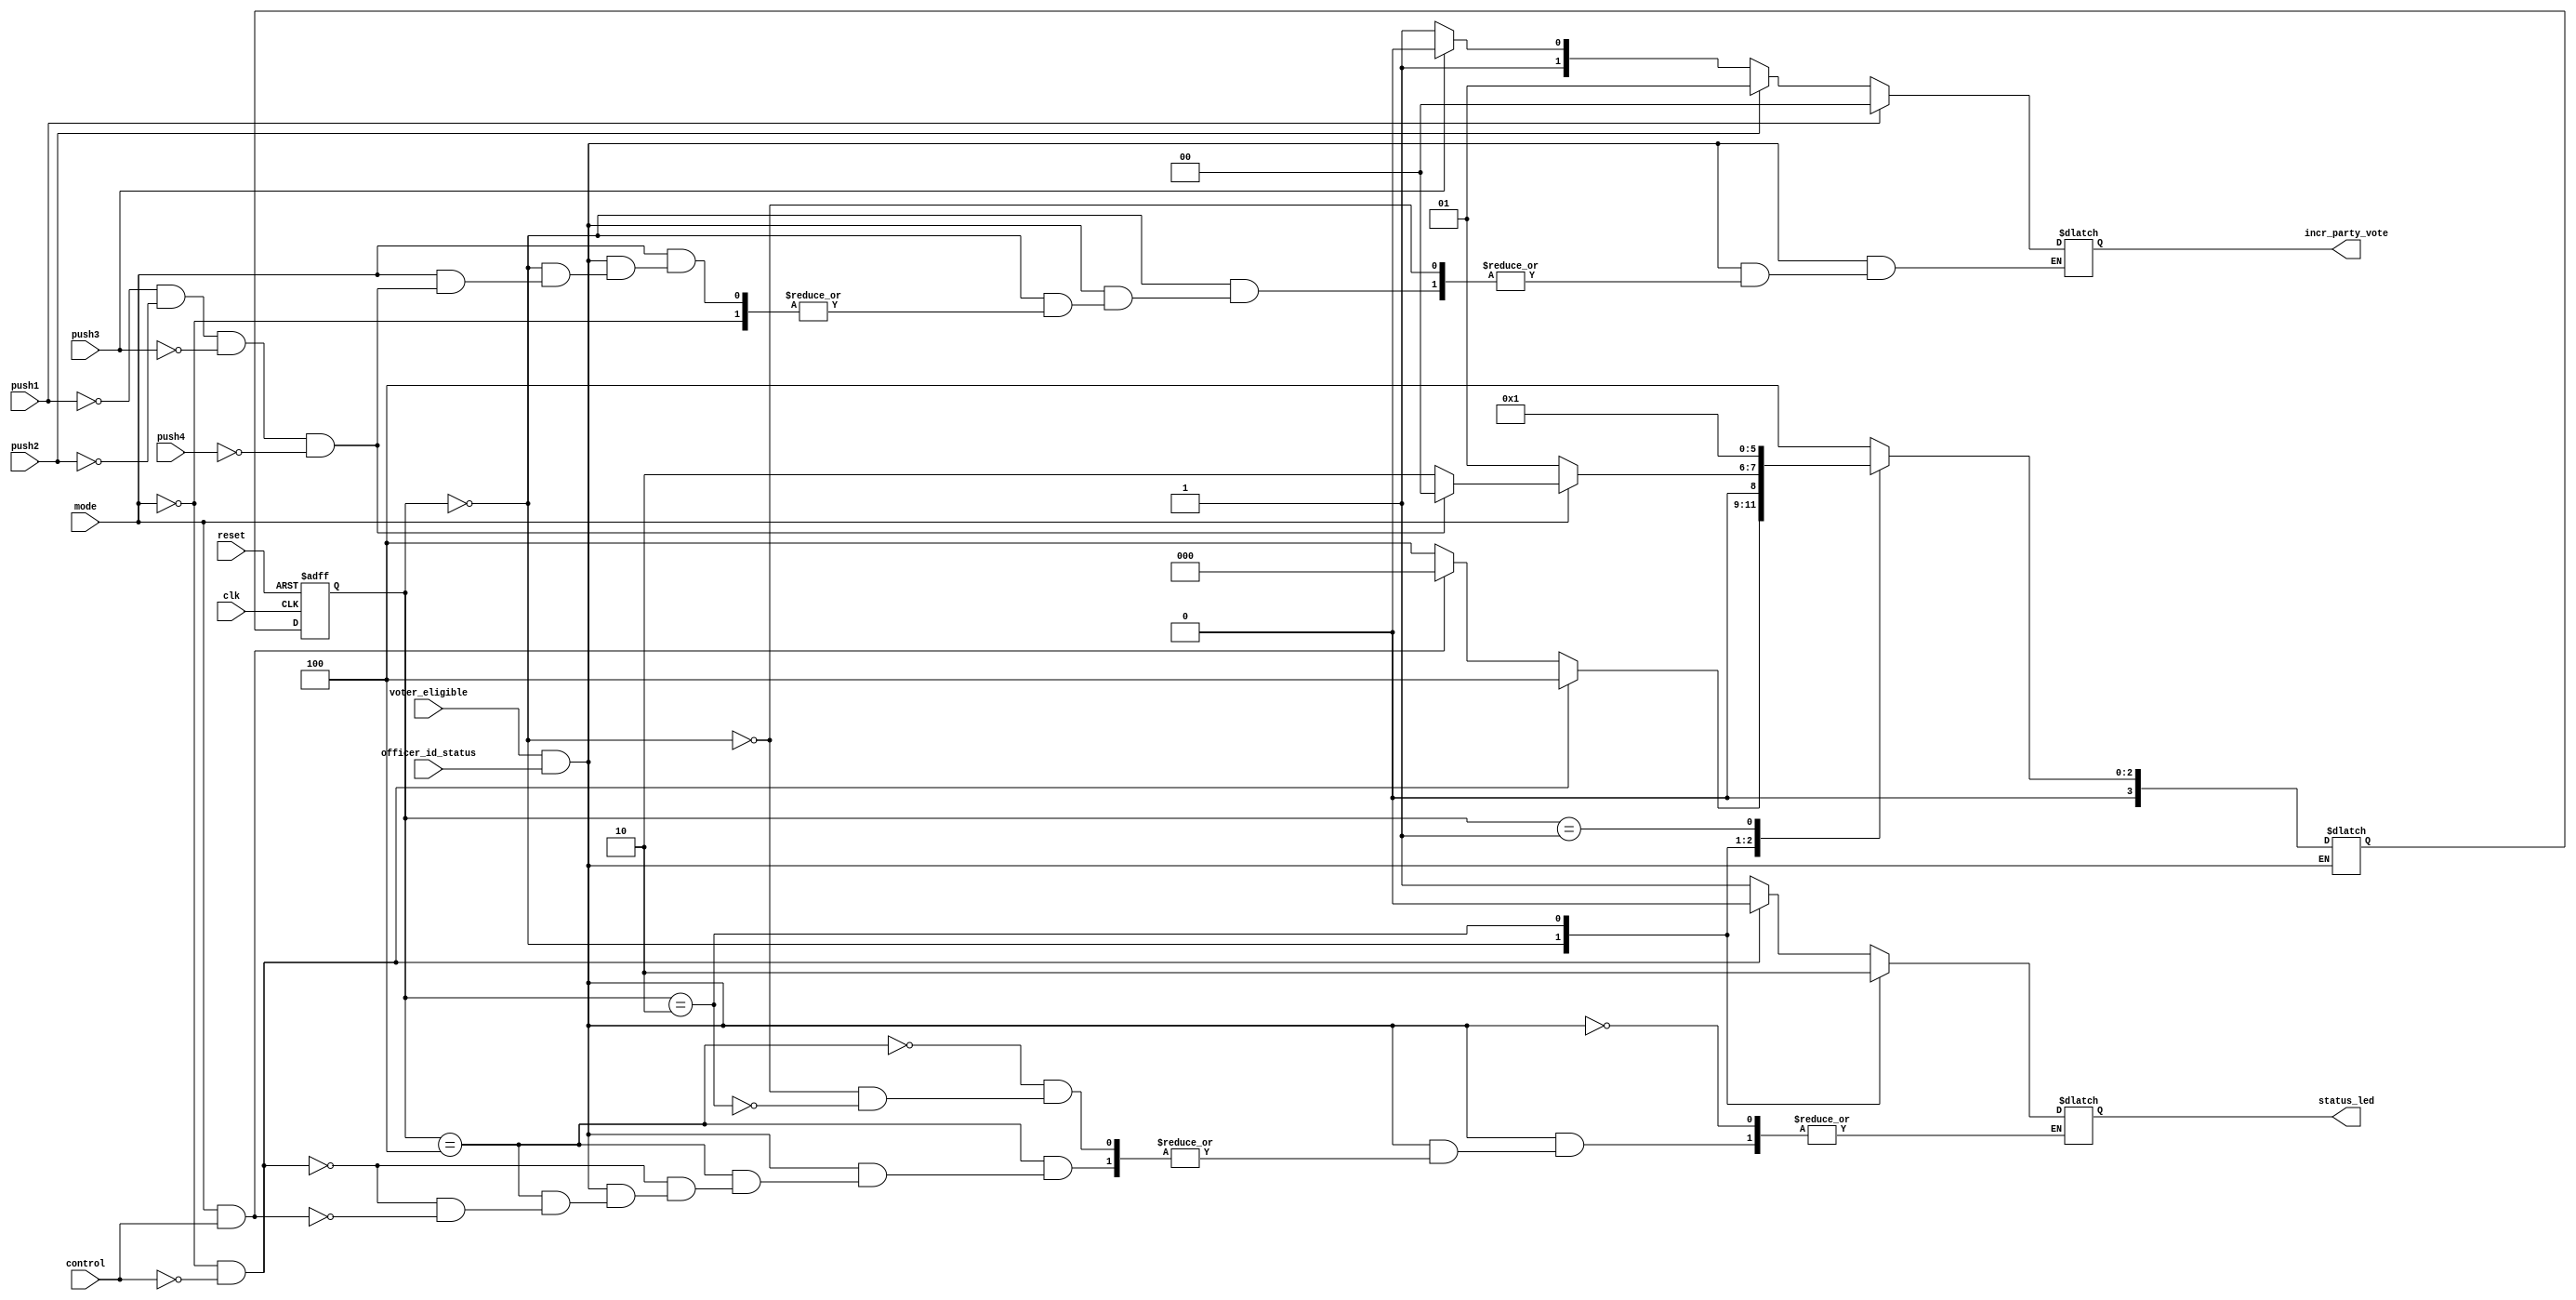
module 	EVM_FSM_MODULE(input clk, 
                       input reset, 
		       input control, 
		       input mode, 
		       input push1, push2, push3, push4, 
		       input voter_eligible, 
		       input officer_id_status,
		       output reg status_led, 
		       output reg [1:0] incr_party_vote
		       );

reg [3:0] present_state;
reg [3:0] next_state;

parameter idle        = 3'b000;
parameter seal        = 3'b001;
parameter delay       = 3'b010;
parameter reset_state = 3'b011;
parameter check       = 3'b100;

always@(posedge clk or posedge reset)
begin
   if(reset==1'b1)
      present_state <= reset_state;
   else
      present_state <= next_state;
end

always@(*)
begin
   if(voter_eligible==1'b1 && officer_id_status==1'b1)
   begin
      case(present_state)
      check:  begin
              if(mode == 1'b0 && control == 1'b0)
              begin
                 next_state = check;
                 status_led = 1'b0;
	      end
	      else if(mode == 1'b1 && control == 1'b1)
                 begin
                    next_state = idle;
                    status_led = 1'b1;
	      end
	      else
                 next_state = check;
	end

idle: begin
         status_led = 1'b1;
         if(mode == 1'b0)
         begin
            next_state = seal;
         end
         else if(push1 == 1'b0 && push2 == 1'b0 && push3 == 1'b0 && push4 == 1'b0)
         begin
            next_state = idle;
            status_led = 1'b1;
         end
         else if(push1 == 1'b1)
         begin
            incr_party_vote = 2'b00;
            next_state = delay;
         end
         else if(push2 == 1'b1)
         begin
            incr_party_vote = 2'b01;
            next_state = delay;
         end
         else if(push3 == 1'b1)
         begin
            incr_party_vote = 2'b10;
            next_state = delay;
         end
         else if(push4 == 1'b1)
         begin
            incr_party_vote = 2'b11;
            next_state = delay;
         end
         else 
         begin
            incr_party_vote = 2'bxx;
            next_state = delay;
         end
         end

delay: begin
          status_led = 1'b0;
          next_state = idle;
       end

seal: next_state = seal;

default: next_state = check;
endcase
end
   else 
      incr_party_vote = 2'bxx;
end

endmodule